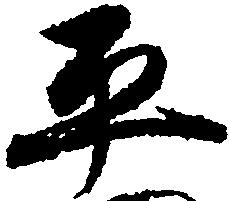
平